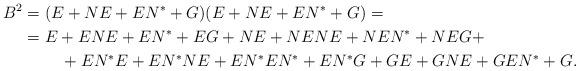
LaTeX: \begin{align*}B^2& = (E+NE+EN^*+G)(E+NE+EN^*+G)= \\ & = E+ENE+EN^*+EG + NE+NENE+NEN^*+NEG +\\ & \quad\quad\ + EN^*E+EN^*NE+EN^*EN^*+EN^*G + GE+GNE+GEN^*+G.\end{align*}